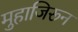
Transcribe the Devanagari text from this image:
मुहाजिरून